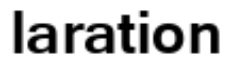
laration